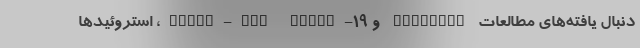
دنبال یافته‌های مطالعات RECOVERY و REMAP-CAP COVID-۱۹، استروئیدها